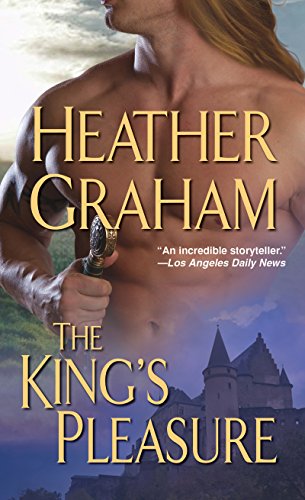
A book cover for The King's Pleasure; Heather Graham; Romance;